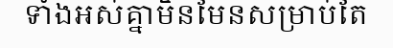
ទាំងអស់គ្នាមិនមែនសម្រាប់តែ